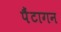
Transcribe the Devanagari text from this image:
पैंटागन